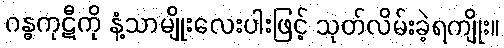
ဂန္ဓကုဋီကို နံ့သာမျိုးလေးပါးဖြင့် သုတ်လိမ်းခဲ့ရကျိုး။